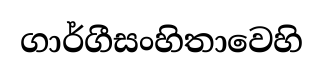
ගාර්ගීසංහිතාවෙහි